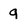
Character: q